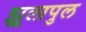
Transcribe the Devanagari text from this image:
झूलापुल